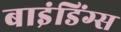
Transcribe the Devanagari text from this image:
बाइंडिंग्स